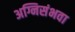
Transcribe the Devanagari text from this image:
अग्निसंभवा